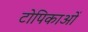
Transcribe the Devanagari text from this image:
टोपिकाओं